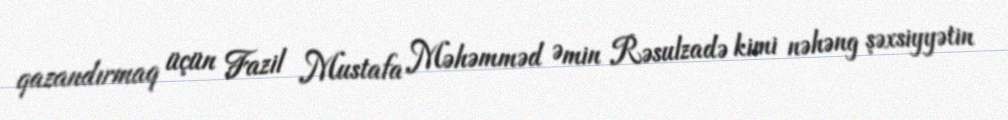
qazandırmaq üçün Fazil Mustafa Məhəmməd Əmin Rəsulzadə kimi nəhəng şəxsiyyətin